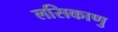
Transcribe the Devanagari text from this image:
लसिकाणु